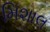
મિશાલ